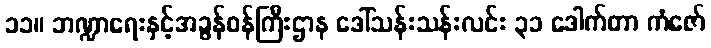
၁၁။ ဘဏ္ဍာရေးနှင့်အခွန်ဝန်ကြီးဌာန ဒေါ်သန်းသန်းလင်း ၃၁ ဒေါက်တာ ကံဇော်